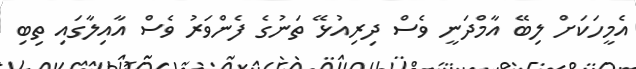
އެމީހަކަށް ލިބޭ އާމްދަނީ ވެސް ދިރިއުޅޭ ތަނުގެ ފެންވަރު ވެސް އާއިލާގައި ތިބި